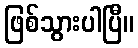
ဖြစ်သွားပါပြီ။